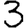
Digit: 3